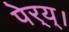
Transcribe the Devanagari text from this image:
पेर्‍य्।